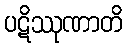
ပဋိဿုဏာတိ